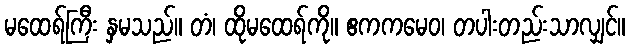
မထေရ်ကြီး နှမသည်။ တံ၊ ထိုမထေရ်ကို။ ဧကကမေဝ၊ တပါးတည်းသာလျှင်။